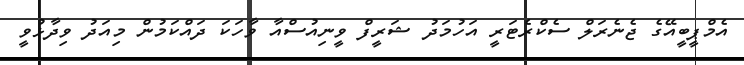
އެމްޕީބީއޭގެ ޖެނެރަލް ސެކްރެޓަރީ އަހުމަދު ޝަރީފް ވީނިއުސްއާ ވާހަކަ ދައްކަމުން މިއަދު ވިދާޅުވީ